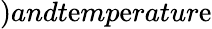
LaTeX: )andt\mathrm{e}mp\mathrm{e}ratur\mathrm{e}